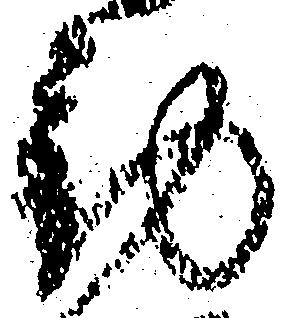
動